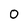
Character: 0